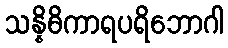
သန္နိဓိကာရပရိဘောဂါ